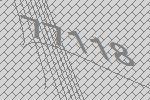
77118